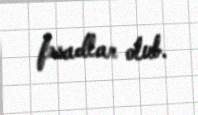
fəsadlar olub.